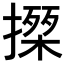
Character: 𢵍